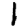
Digit: 1